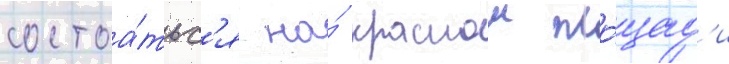
состоа́тьс'я на́ краснои пло́щад'и